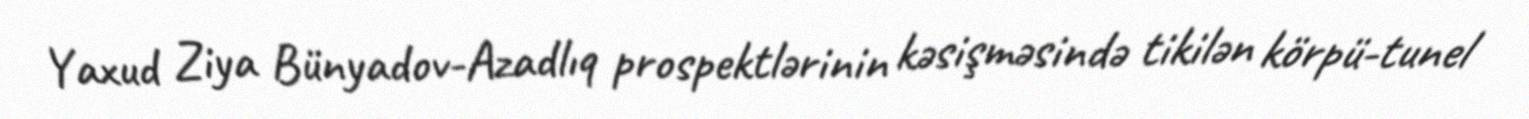
Yaxud Ziya Bünyadov-Azadlıq prospektlərinin kəsişməsində tikilən körpü-tunel